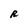
Character: R